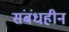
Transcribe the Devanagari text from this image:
संबंधहीन